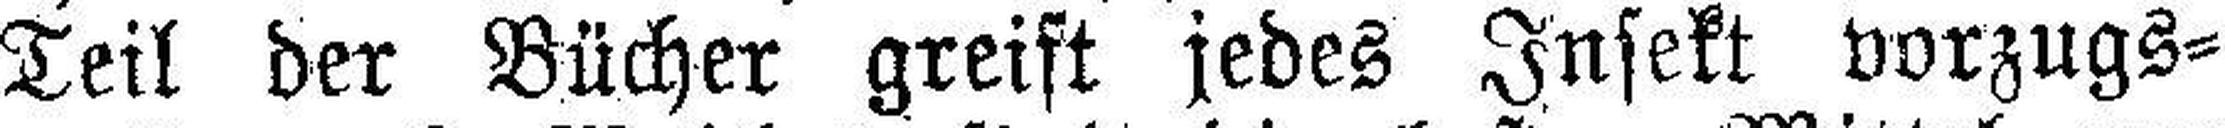
Teil der Bücher greift jedes Insekt vorzugs¬